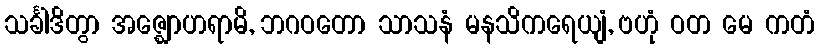
သင်္ခါဒိတွာ အဇ္ဈောဟရာမိ, ဘဂဝတော သာသနံ မနသိကရေယျံ, ဗဟုံ ဝတ မေ ကတံ